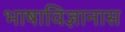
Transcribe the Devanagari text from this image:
भाषाविज्ञानास